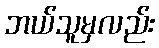
ဘယ်သူမှလည်း